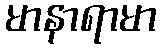
မာနာရာမာ